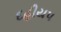
દહીયપ